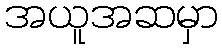
အယူအဆမှာ